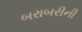
બરાબરીની